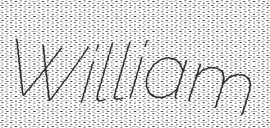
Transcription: William